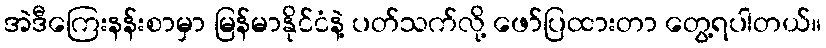
အဲဒီကြေးနန်းစာမှာ မြန်မာနိုင်ငံနဲ့ ပတ်သက်လို့ ဖော်ပြထားတာ တွေ့ရပါတယ်။